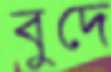
বুদে